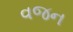
વજન